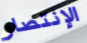
الإنتصار